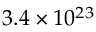
3 . 4 \times 1 0 ^ { 2 3 }